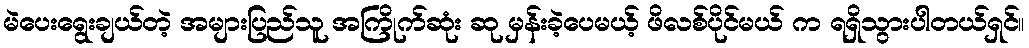
မဲပေးရွေးချယ်တဲ့ အများပြည်သူ အကြိုက်ဆုံး ဆု မှန်းခဲ့ပေမယ့် ဖိလစ်ပိုင်မယ် က ရရှိသွားပါတယ်ရှင်။